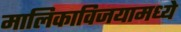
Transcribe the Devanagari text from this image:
मालिकाविजयामध्ये